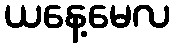
ယနေ့မေလ